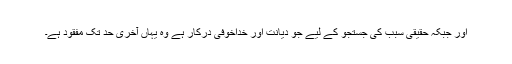
اور جبکہ حقیقی سبب کی جستجو کے لیے جو دیانت اور خداخوفی درکار ہے وہ یہاں آخری حد تک مفقود ہے۔